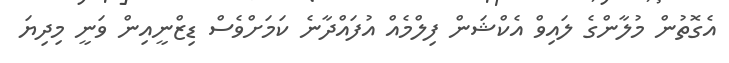
އެގޮތުން މުލާންގެ ލައިވް އެކްޝަން ފިލްމެއް އުފައްދާނެ ކަމަށްވެސް ޑިޒްނީއިން ވަނީ މިދިޔަ